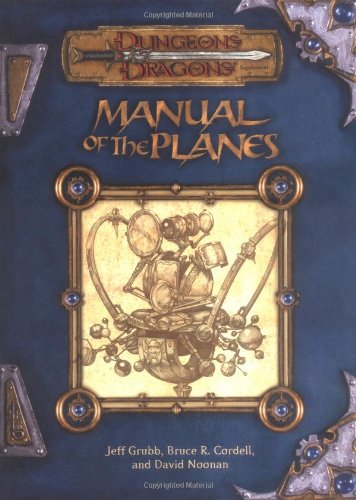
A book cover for Manual of the Planes (Dungeon & Dragons d20 3.0 Fantasy Roleplaying); Jeff Grubb; Science Fiction & Fantasy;